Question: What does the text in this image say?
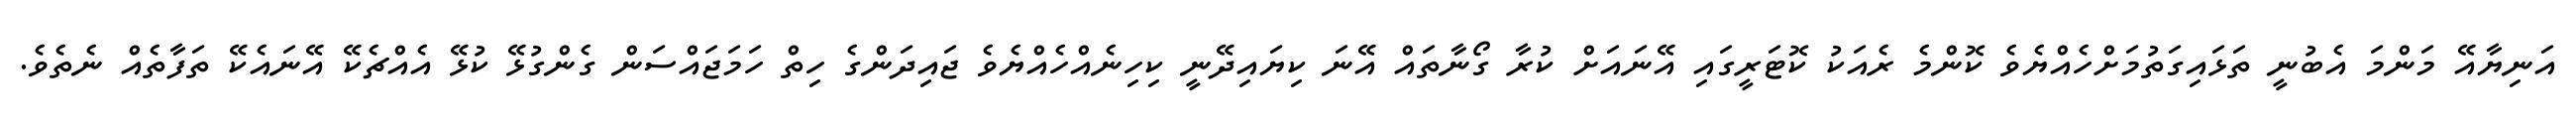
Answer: އަނިޔާއޭ މަންމަ އެބުނީ ތަޅައިގަތުމަށްހެއްޔެވެ ކޮންމެ ރެއަކު ކޮޓަރީގައި އޭނައަށް ކުރާ ގޯނާތައް އޭނަ ކިޔައިދޭނީ ކިހިނެއްހެއްޔެވެ ޖައިދަންގެ ހިތް ހަމަޖައްސަން ގެންގުޅޭ ކުޅޭ އެއްޗެކޭ އޭނައެކޭ ތަފާތެއް ނެތެވެ.